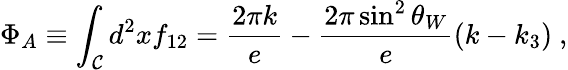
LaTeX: \Phi_{A}\equiv\int_{\cal C}d^{2}xf_{12}=\frac{2\pi k}{e}-\frac{2\pi\sin^{2}\theta_{W}}{e}(k-k_{3})~,